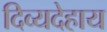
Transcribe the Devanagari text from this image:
दिव्यदेहाय